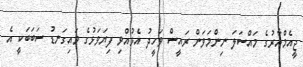
ޖީއެމްއާރުގެ މައްސަލަ ނިންމަވަން ރައީސް ވަހީދު އެޅުއްވި ފިޔަވަޅުގެ މައިގަނޑު ސަބަބަކީ އެ